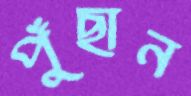
পুঁছান